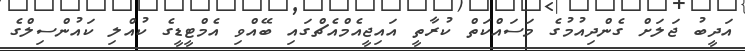
އަދީބު ޖަލަށް ގެންދިއުމުގެ މަސައްކަތް ކުރާތީ އައިޖީއެމްއެޗްގައި ބޭއްވި އެމްޓީޑީގެ ކުއްލި ކައުންސިލްގެ